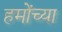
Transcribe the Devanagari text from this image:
हमोंच्या